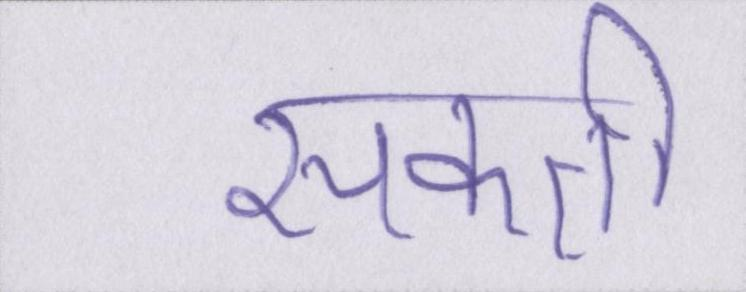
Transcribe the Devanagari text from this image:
सकती